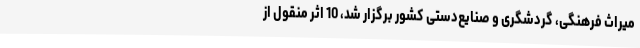
میراث فرهنگی، گردشگری و صنایع‌دستی کشور برگزار شد، 10 اثر منقول از